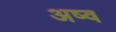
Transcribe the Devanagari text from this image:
अष्व